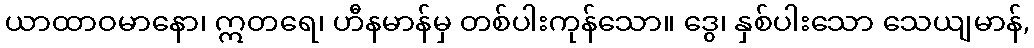
ယာထာဝမာနော၊ ဣတရေ၊ ဟီနမာန်မှ တစ်ပါးကုန်သော။ ဒွေ၊ နှစ်ပါးသော သေယျမာန်,